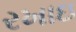
રખાઇ